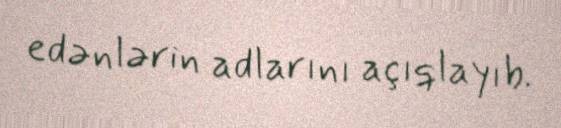
edənlərin adlarını açıqlayıb.